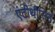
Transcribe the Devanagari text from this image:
एंटीथीसिस